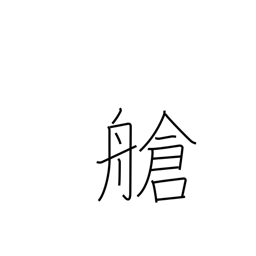
Meaning: hold (ship)